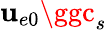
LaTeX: \mathbf{u}_{e0}\ggc_{s}